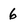
Character: 6